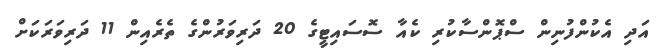
އަދި އެކުންފުނިން ސްޕޮންސާކުރި ކެއާ ސޮސައިޓީގެ 20 ދަރިވަރުންގެ ތެރެއިން 11 ދަރިވަރަކަށް